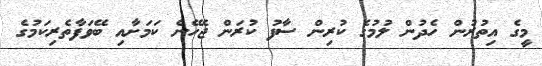
މީގެ އިތުރުން ހެދުން ލުމުގެ ކުރިން ސާފު ކުރަން ޖެހޭނެ ކަމަށާއި ބޭވަފާތެރިކަމުގެ